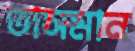
তাসমান